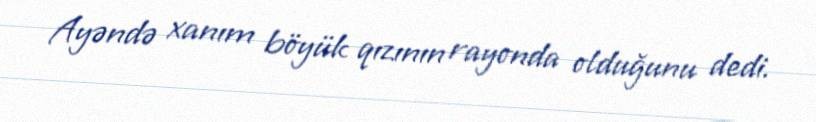
Ayəndə xanım böyük qızının rayonda olduğunu dedi.